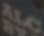
ALC